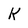
Character: K